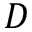
{ \cal D }